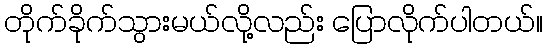
တိုက်ခိုက်သွားမယ်လို့လည်း ပြောလိုက်ပါတယ်။